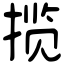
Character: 揽